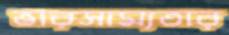
ভারসাম্যতার